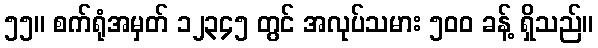
၅၅။ စက်ရုံအမှတ် ၁၂၃၄၅ တွင် အလုပ်သမား ၅၀၀ ခန့် ရှိသည်။